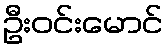
ဦးဝင်းမောင်